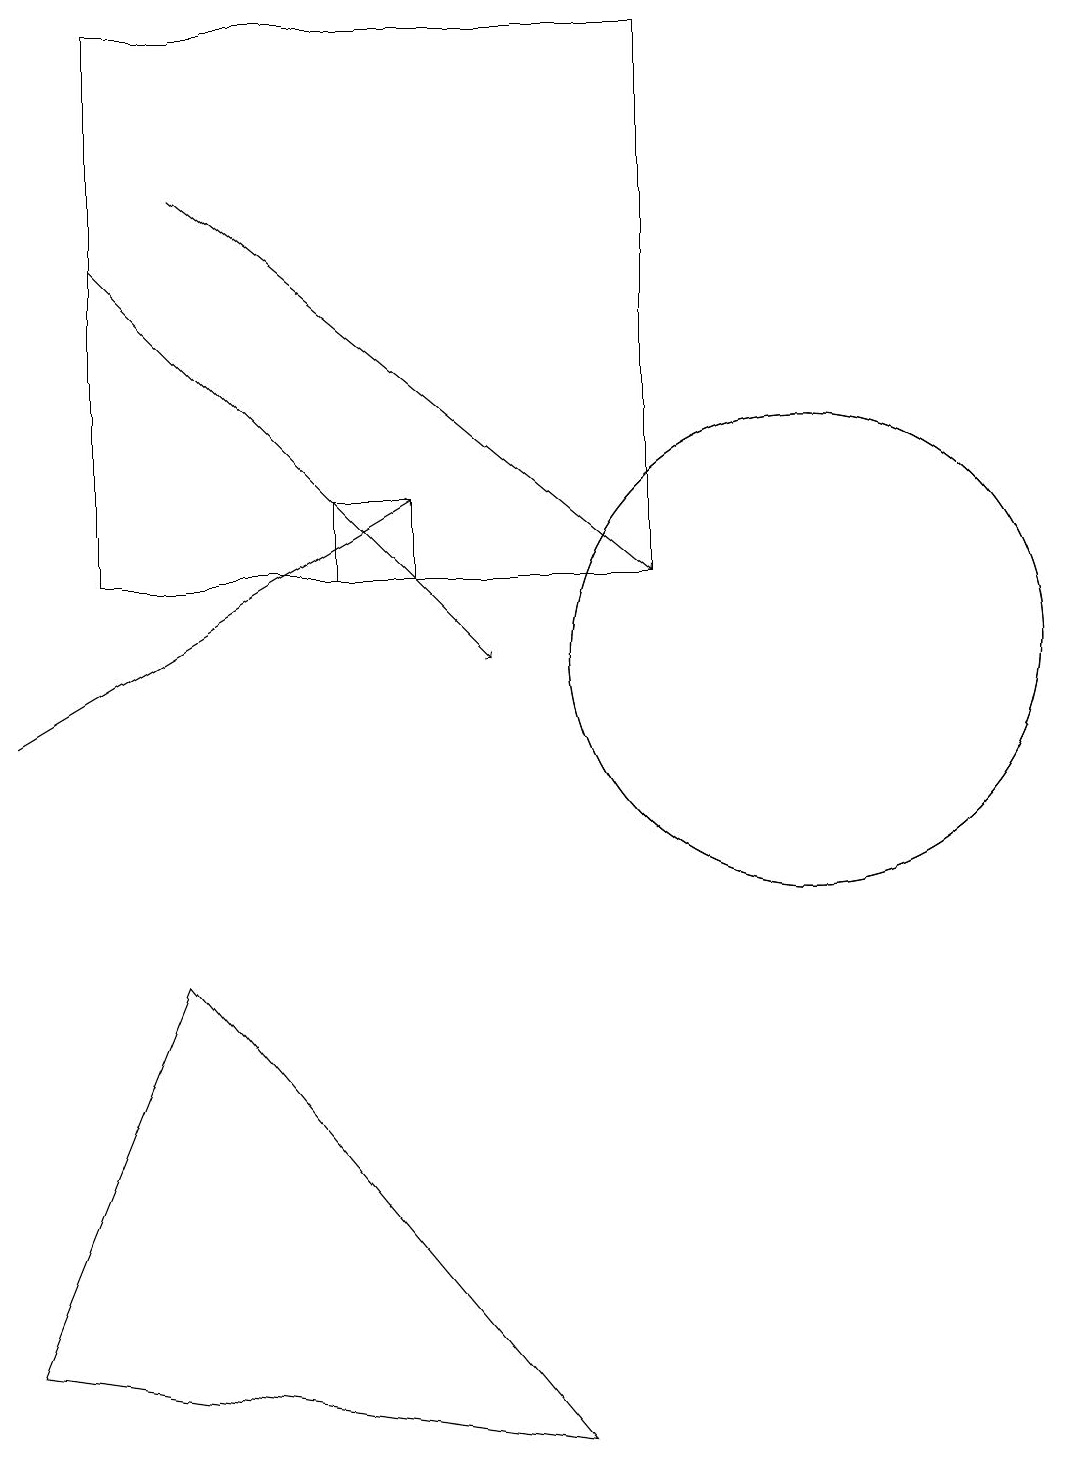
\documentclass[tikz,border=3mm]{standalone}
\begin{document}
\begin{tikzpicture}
\draw (8,1) -- (1,2) -- (3,7) -- cycle;
\draw (5,13) rectangle (6,12);
\draw[->] (3,17) -- (9,12);
\draw (9,12) rectangle (2,19);
\draw[->] (2,16) -- (7,11);
\draw[->] (1,10) -- (6,13);
\draw (11,11) circle (3);
\draw (11,11) circle (3);
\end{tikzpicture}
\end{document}